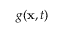
g ( \mathbf { x } , t )